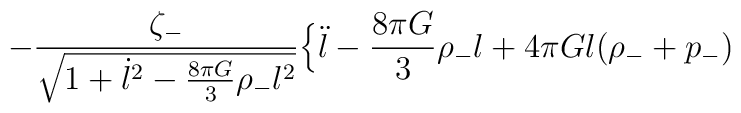
-\frac{\zeta_{-}}{\sqrt{1+\dot{l}^{2}-\frac{8\pi G}{3}\rho_{-}l^{2}}} \Bigl\{\ddot{l} -\frac{8\pi G}{3}\rho_{-}l+4\pi Gl(\rho_{-}+p_{-})